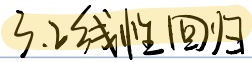
3.2线性回归